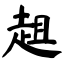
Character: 趄